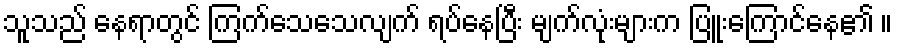
သူသည် နေရာတွင် ကြက်သေသေလျက် ရပ်နေပြီး မျက်လုံးများက ပြူးကြောင်နေ၏ ။